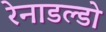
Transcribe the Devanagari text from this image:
रेनाडल्डो